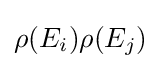
\rho (E_{i})\rho (E_{j})